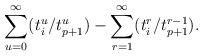
LaTeX: \begin{align*}\sum_{u=0}^\infty (t_i^u/t_{p+1}^u) - \sum_{r=1}^\infty (t_i^r/t_{p+1}^{r-1}).\end{align*}